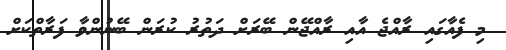
މި ފެއާގައި ރާއްޖެ އާއި ރާއްޖޭން ބޭރަށް ދަތުރު ކުރަން ބޭނުންވާ ފަރާތްކަށް